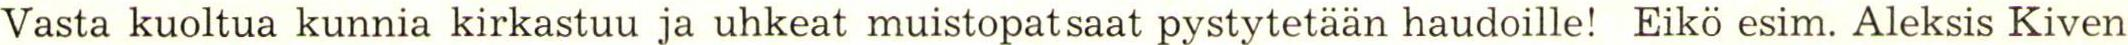
Vasta kuoltua kunnia kirkastuu ja uhkeat muistopatsaat pystytetään haudoille! Eikö esim. Aleksis Kiven